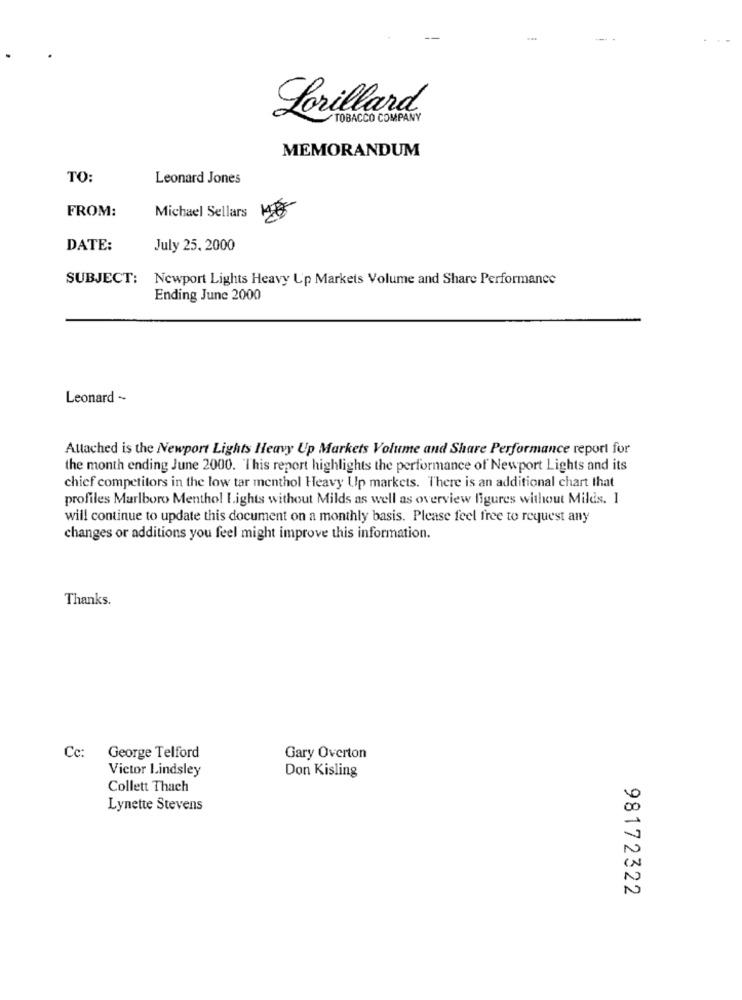
Lorillard
TOBACCO COMPANY
MEMORANDUM
TO:
Leonard Jones
FROM:
Michael Sellars
DATE:
July 25, 2000
SUBJECT: Newport Lights Heavy Up Markets Volume and Share Performance
Ending June 2000
Leonard ~
Attached is the Newport Lights Heavy Up Markets Volume and Share Performance report for
the month ending June 2000. This report highlights the performance of Newport Lights and its
chief competitors in the low tar menthol Heavy Up markets. There is an additional chart that
profiles Marlboro Menthol Lights without Milds as well as overview figures without Milds. 1
will continue to update this document on a monthly basis. Please feel free to request any
changes or additions you feel might improve this information.
Thanks.
Cc:
George Telford
Gary Overton
Victor Lindsley
Don Kisling
Collett Thach
Lynette Stevens
00
IN
N
98172322